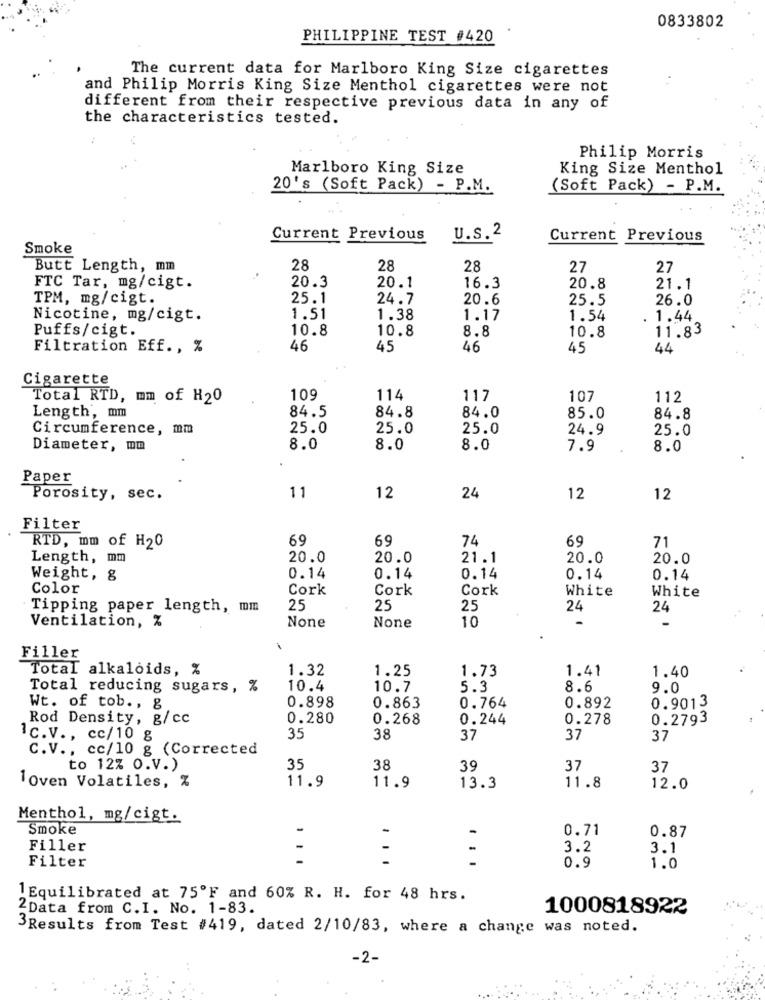
0833802
PHILIPPINE TEST #420
The current data for Marlboro King Size cigarettes
and Philip Morris King Size Menthol cigarettes were not
different from their respective previous data in any of
the characteristics tested.
Philip Morris
Marlboro King Size
King Size Menthol
20's (Soft Pack) - P.M.
(Soft Pack) - P.M.
Current Previous
U.s.2
Current Previous
Smoke
Butt Length, mm
28
28
28
27
27
20.3
FTC Tar, mg/cigt.
20.1
16.3
20.8
21.1
TPM, mg/cigt.
25.1
24.7
20.6
25.5
26.0
Nicotine, mg/cigt.
1.51
1.38
1.17
1.54
. 1.44
Puffs/cigt.
10.8
10.8
11.83
8.8
10.8
Filtration Eff ., %
46
45
46
45
44
Cigarette
Total RTD, mm of H20
109
114
117
107
112
84.5
84.8
Length, mm
84.0
85.0
84.8
Circumference, mm
25.0
25.0
25.0
24.9
25.0
Diameter, mm
8.0
8.0
8.0
7.9
8.0
Paper
Porosity, sec.
11
12
24
12
12
Filter
69
69
74
69
RTD, mm of H20
71
Length, mm
20.0
20.0
21.1
20.0
20.0
Weight, g
0.14
0.14
0.14
0.14
0.14
Color
Cork
Cork
Cork
White
White
Tipping paper length, mm
25
25
25
24
24
10
Ventilation, %
Filler
Total alkaloids, %
1.32
1.25
1.73
1.41
1.40
Total reducing sugars, %
10.4
10.7
5.3
8.6
9.0
0.898
Wt. of tob ., &
0.863
0.764
0.892
0.9013
Rod Density, g/cc
0.280
0.268
0.244
0.278
0.2793
1c.V ., cc/10 g
35
38
37
37
37
C.V ., cc/10 g (Corrected
to 12% O.V.)
35
38
39
37
37
11.9
11.9
1Oven Volatiles, %
13.3
11.8
12.0
Menthol, mg/cigt.
Smoke
-
0.71
0.87
Filler
-
-
3.2
3.1
-
-
Filter
0.9
1.0
1 Equilibrated at 75ºF and 60% R. H. for 48 hrs.
2Data from C.I. No. 1-83.
1000818922
3Results from Test #419, dated 2/10/83, where a change was noted.
-2-